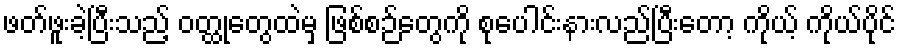
ဖတ်ဖူးခဲ့ပြီးသည့် ဝတ္ထုတွေထဲမှ ဖြစ်စဉ်တွေကို စုပေါင်းနားလည်ပြီးတော့ ကိုယ့် ကိုယ်ပိုင်